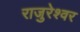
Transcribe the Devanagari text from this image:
राजुरेश्वर